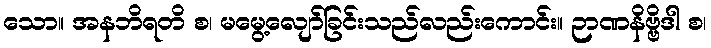
သော။ အနဘိရတိ စ၊ မမွေ့လျော်ခြင်းသည်လည်းကောင်း။ ဉာဏနိဗ္ဗိဒါ စ၊